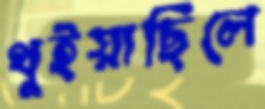
থুইয়াছিলে